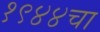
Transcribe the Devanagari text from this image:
१९४४चा